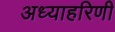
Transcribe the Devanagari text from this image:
अध्याहरिणी